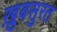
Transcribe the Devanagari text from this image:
ख़ुबसुरत